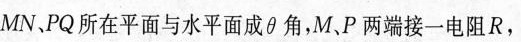
MN、PQ所在平面与水平面成θ角，M、P两端接一电阻R，